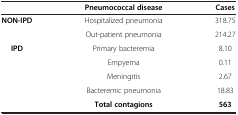
|  | Pneumococcal disease | Cases |
 | --- | --- | --- |
 | <ROWSPAN=2> NON-IPD | Hospitalized pneumonia | 318.75 |
 | Out-patient pneumonia | 214.27 |
 | <ROWSPAN=4> IPD | Primary bacteremia | 8.10 |
 | Empyema | 0.11 |
 | Meningitis | 2.67 |
 | Bacteremic pneumonia | 18.83 |
 |  | Total contagions | 563 |